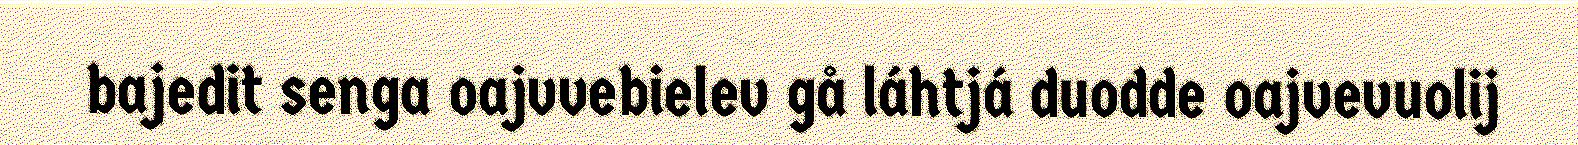
bajedit senga oajvvebielev gå láhtjá duodde oajvevuolij